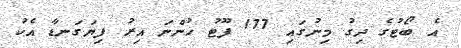
އެ ބޯޓުގެ ދިގު މިނުގައި 177 ފޫޓު ހުންނަ އިރު ފިޔަގަނޑާ އެކު